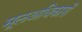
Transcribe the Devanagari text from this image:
मूलअधिकारों